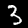
Label: 3